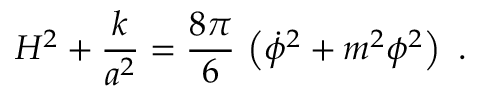
H ^ { 2 } + { \frac { k } { a ^ { 2 } } } = { \frac { 8 \pi } { 6 } } \, \left( \dot { \phi } ^ { 2 } + m ^ { 2 } \phi ^ { 2 } \right) \ .